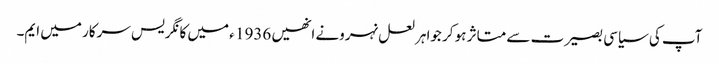
آپ کی سیاسی بصیرت سے متاثر ہو کر جواہر لعل نہرونے انھیں 1936 ء میں کانگریس سرکار میں ایم۔